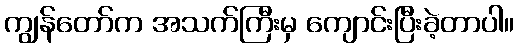
ကျွန်တော်က အသက်ကြီးမှ ကျောင်းပြီးခဲ့တာပါ။